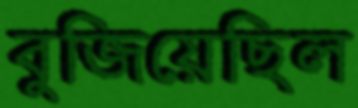
বুজিয়েছিল